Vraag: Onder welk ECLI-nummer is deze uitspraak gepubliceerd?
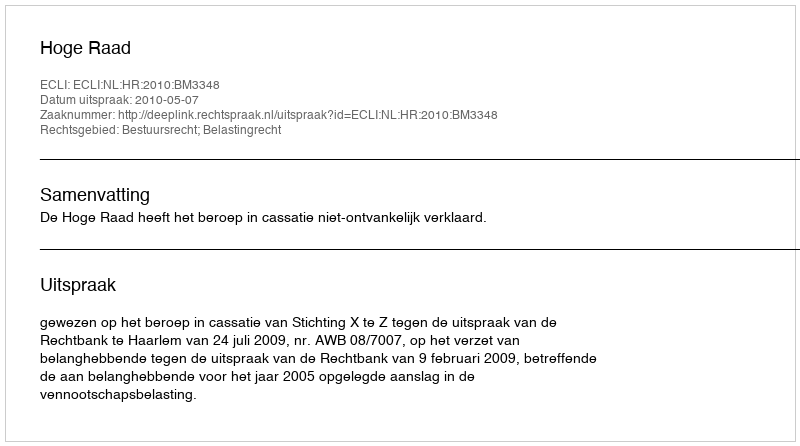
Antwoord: ECLI:NL:HR:2010:BM3348